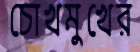
চোখমুখের